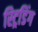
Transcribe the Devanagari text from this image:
स्ट्रिडिंग